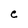
Character: e